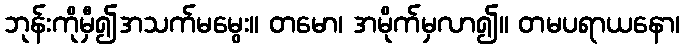
ဘုန်းကိုမှီ၍အသက်မမွေး။ တမော၊ အမိုက်မှလာ၍။ တမပရာယနော၊